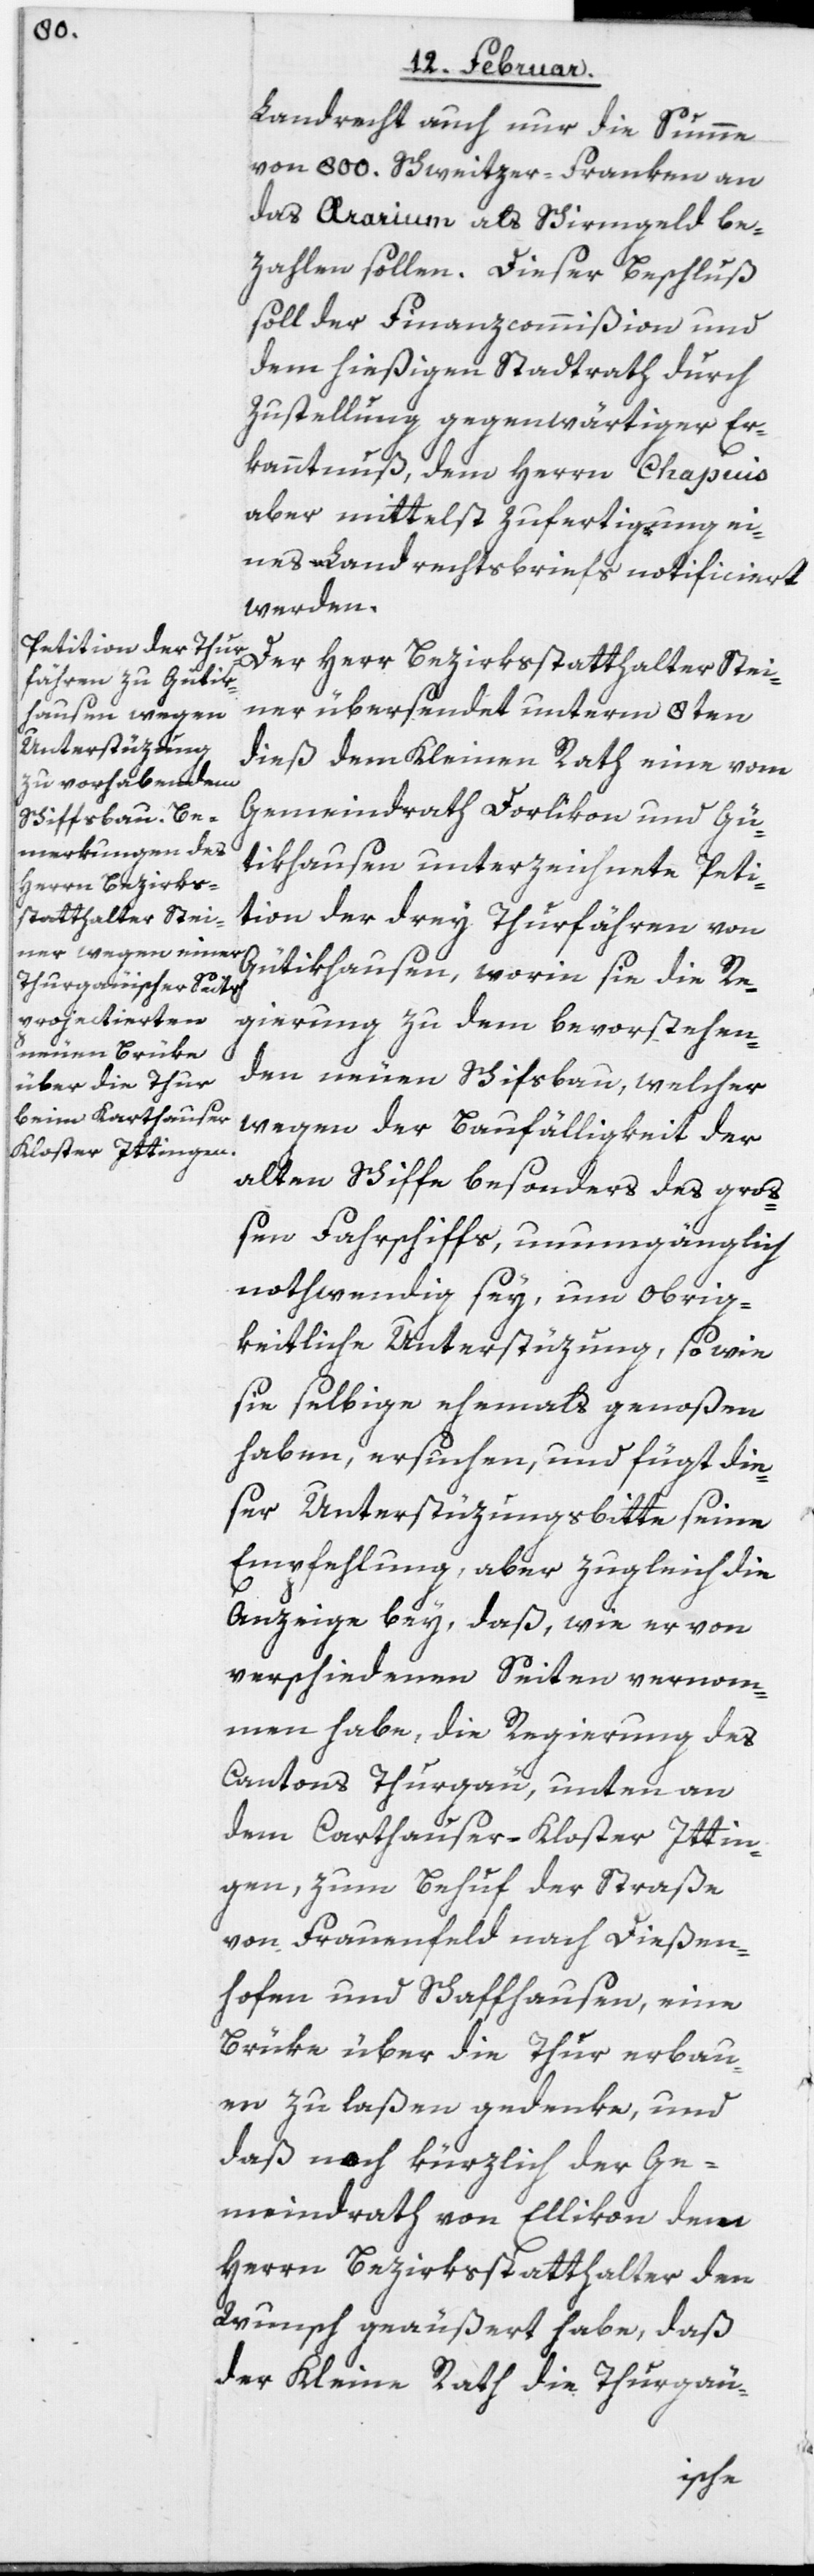
Landrecht auch nur die Summe
von 800. Schweitzer-Franken an
das Aerarium als Schirmgeld be¬
zahlen sollen. Dieser Beschluß
soll der Finanzcommißion und
dem hießigen Stadtrath durch
Zustellung gegenwärtiger Er¬
kanntnus, dem Herrn Chapuis
aber mittelst Zufertigung ei¬
nes Landrechtsbriefs notificiert
werden.
Der Herr Bezirksstatthalter Stei¬
ner übersendet unterm 8ten
dieß dem Kleinen Rath eine vom
Gemeindrath Dorlikon und Gü¬
tikhausen unterzeichnete Peti¬
tion der drey Thurfähren von
Gütikhausen, worin sie die Re¬
gierung zu dem bevorstehen¬
den neuen Schifsbau, welcher
wegen der Baufälligkeit der
alten Schiffe besonders des groß¬
en Fahrschiffs, unumgänglich
nothwendig sey, um obrig¬
keitliche Unterstüzung, so wie
sie selbige ehemals genoßen
haben, ersuchen, und fügt die¬
ser Unterstüzungsbitte seine
Empfehlung, aber zugleich die
Anzeige bey, daß, wie er von
verschiedenen Seiten vernom¬
men habe, die Regierung des
Cantons Thurgau, unten an
dem Carthauser-Kloster Ittin¬
gen, zum Behuf der Straße
von Frauenfeld nach Dießen¬
hofen und Schaffhausen, eine
Brüke über die Thur erbau¬
en zu laßen gedenke, und
daß noch kürzlich der Ge¬
meindrath von Ellikon dem
Herrn Bezirksstatthalter den
Wunsch geäußert habe, daß
der Kleine Rath die Thurgäu-